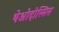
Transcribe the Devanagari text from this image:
थेओदोस्सिस